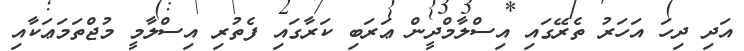
އަދި ދިހަ އަހަރު ތެރޭގައި އިސްލާމްދީން ޢަރަބި ކަރާގައި ފެތުރި އިސްލާމީ މުޖްތަމަޢަކާއި